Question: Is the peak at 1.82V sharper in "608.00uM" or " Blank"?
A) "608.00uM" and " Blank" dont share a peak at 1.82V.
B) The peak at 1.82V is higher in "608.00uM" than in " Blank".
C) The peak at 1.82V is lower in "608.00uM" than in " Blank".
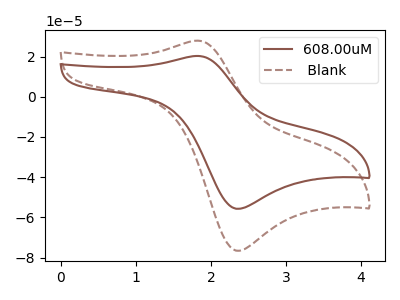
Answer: <think>The brown curve "608.00uM" has an anodic peak at (1.80V, 20.30uA) and a cathodic peak at (2.40V, -55.70uA). The brown dashed curve " Blank" has an anodic peak at (1.80V, 27.90uA) and a cathodic peak at (2.40V, -76.60uA).</think>
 <answer>C) The peak at 1.82V is lower in "608.00uM" than in " Blank".</answer>
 <eval>C</eval>